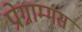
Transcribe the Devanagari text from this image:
प्रोग्राम्मस